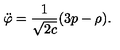
\ddot { \varphi } = \frac { 1 } { \sqrt { 2 c } } ( 3 p - \rho ) .